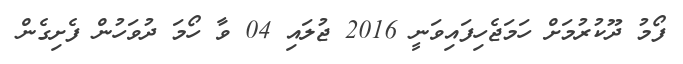
ފޯމު ދޫކުރުމަށް ހަމަޖެހިފައިވަނީ 2016 ޖުލައި 04 ވާ ހޯމަ ދުވަހުން ފެށިގެން